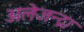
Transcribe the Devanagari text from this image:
अलेजन्द्रा